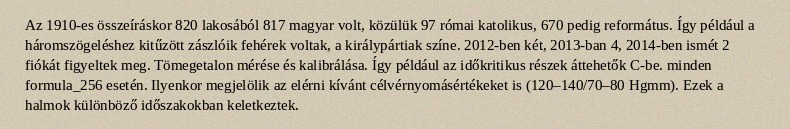
Az 1910-es összeíráskor 820 lakosából 817 magyar volt, közülük 97 római katolikus, 670 pedig református. Így például a háromszögeléshez kitűzött zászlóik fehérek voltak, a királypártiak színe. 2012-ben két, 2013-ban 4, 2014-ben ismét 2 fiókát figyeltek meg. Tömegetalon mérése és kalibrálása. Így például az időkritikus részek áttehetők C-be. minden formula_256 esetén. Ilyenkor megjelölik az elérni kívánt célvérnyomásértékeket is (120–140/70–80 Hgmm). Ezek a halmok különböző időszakokban keletkeztek.